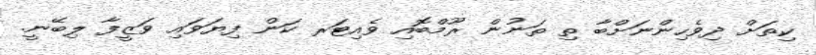
ކިތަށް ދިވެހިންނަށްބާ ތި ތަނުން ރޫމްބޮއި ވެއިޓަރ ކަން ފިޔަވައި ވަޒީފާ ލިބޭނީ.